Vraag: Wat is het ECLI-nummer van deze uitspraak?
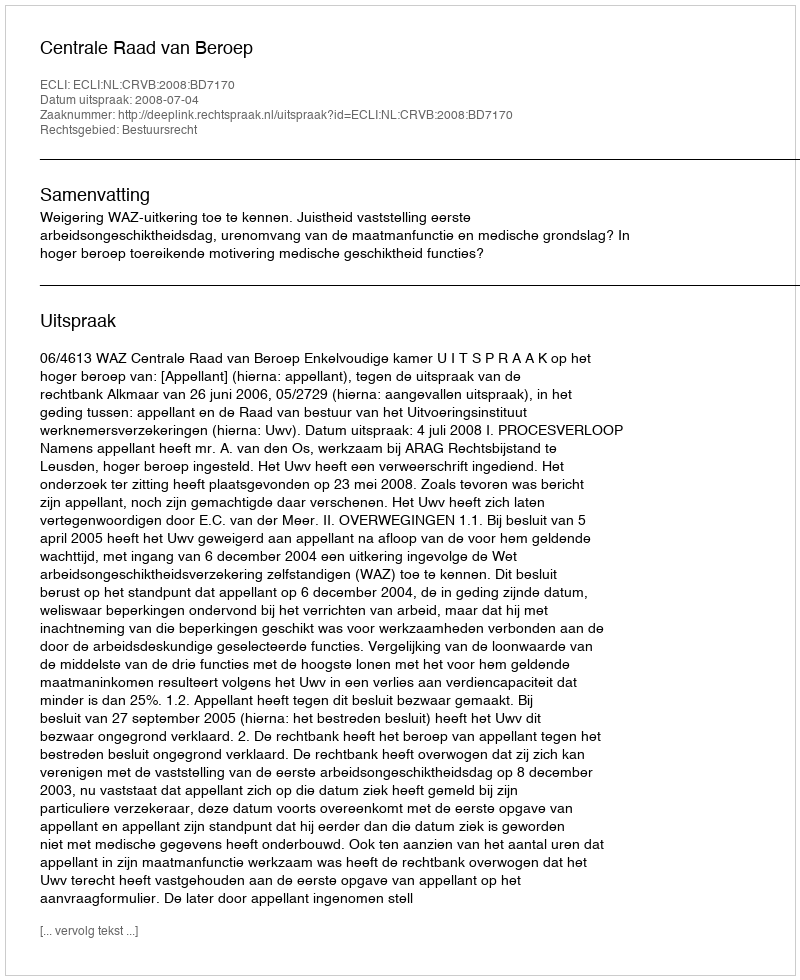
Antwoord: ECLI:NL:CRVB:2008:BD7170